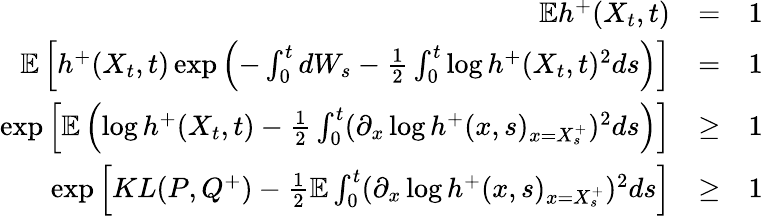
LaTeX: \begin{array}{rlr}{\mathbb{E}h^{+}(X_{t},t)}&{=}&{1}\\ {\mathbb{E}\left[h^{+}(X_{t},t)\exp\left(-\int_{0}^{t}dW_{s}-\frac{1}{2}\int_{0}^{t}\log h^{+}(X_{t},t)^{2}ds\right)\right]}&{=}&{1}\\ {\exp\left[\mathbb{E}\left(\log h^{+}(X_{t},t)-\frac{1}{2}\int_{0}^{t}(\partial_{x}\log h^{+}(x,s)_{x=X_{s}^{+}})^{2}ds\right)\right]}&{\geq}&{1}\\ {\exp\left[KL(P,Q^{+})-\frac{1}{2}\mathbb{E}\int_{0}^{t}(\partial_{x}\log h^{+}(x,s)_{x=X_{s}^{+}})^{2}ds\right]}&{\geq}&{1}\end{array}